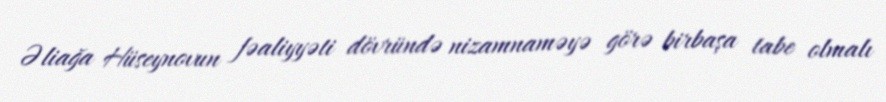
Əliağa Hüseynovun fəaliyyəti dövründə nizamnaməyə görə birbaşa tabe olmalı